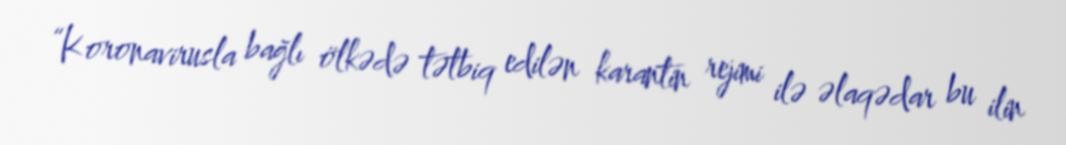
“Koronavirusla bağlı ölkədə tətbiq edilən karantin rejimi ilə əlaqədar bu ilin